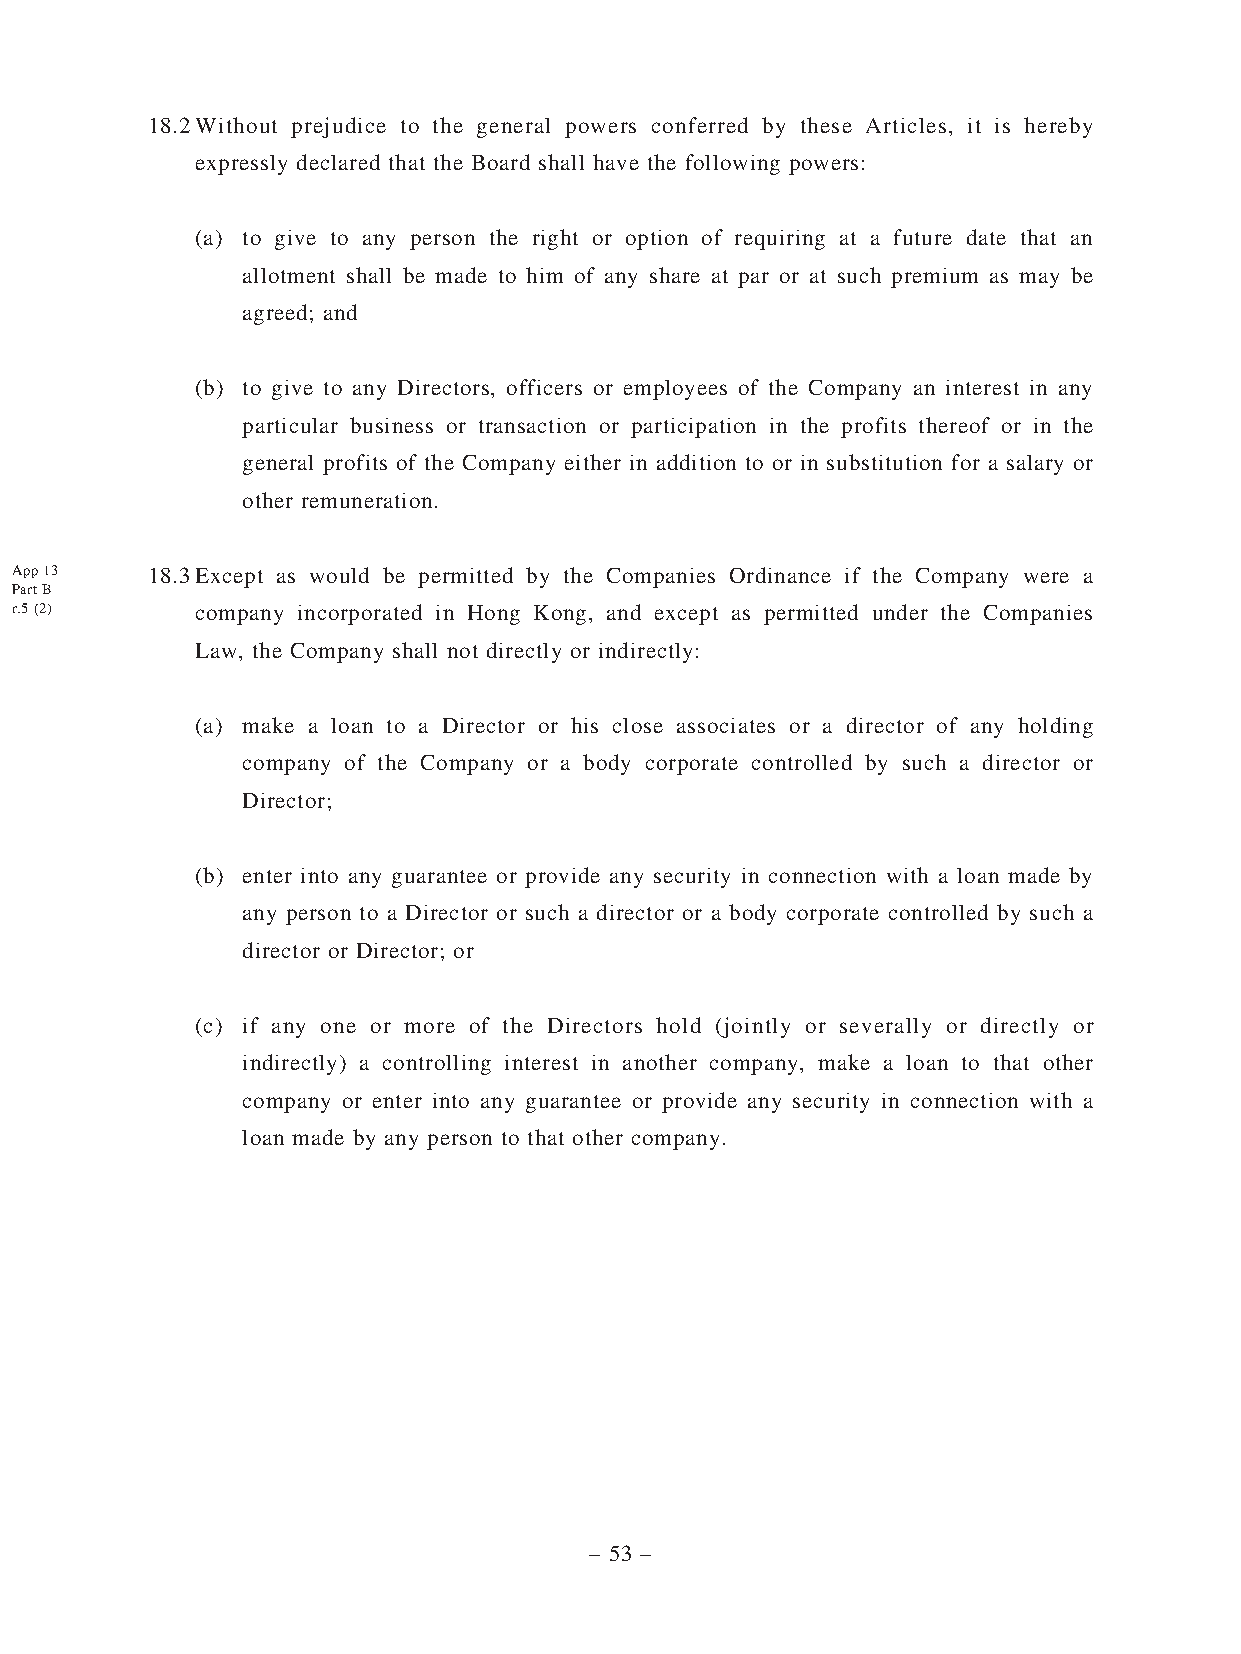
18.2 Without prejudice to the general powers conferred by these Articles, it is hereby
 expressly declared that the Board shall have the following powers:
 (a) to give to any person the right or option of requiring at a future date that an
 allotment shall be made to him of any share at par or at such premium as may be
 agreed; and
 (b) to give to any Directors, officers or employees of the Company an interest in any
 particular business or transaction or participation in the profits thereof or in the
 general profits of the Company either in addition to or in substitution for a salary or
 other remuneration.
 App 13   18.3 Except as would be permitted by the Companies Ordinance if the Company were a
 Part B
 r.5 (2)     company incorporated in Hong Kong, and except as permitted under the Companies
 Law, the Company shall not directly or indirectly:
 (a) make a loan to a Director or his close associates or a director of any holding
 company of the Company or a body corporate controlled by such a director or
 Director;
 (b) enter into any guarantee or provide any security in connection with a loan made by
 any person to a Director or such a director or a body corporate controlled by such a
 director or Director; or
 (c) if any one or more of the Directors hold (jointly or severally or directly or
 indirectly) a controlling interest in another company, make a loan to that other
 company or enter into any guarantee or provide any security in connection with a
 loan made by any person to that other company.
 – 53 –